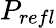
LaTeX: P_{refl}